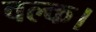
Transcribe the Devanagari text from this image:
वल्क।